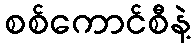
စစ်ကောင်စီနဲ့